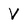
Character: V